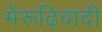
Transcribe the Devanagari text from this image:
मेंरूढ़िवादी